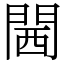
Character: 閪